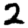
Digit: 2